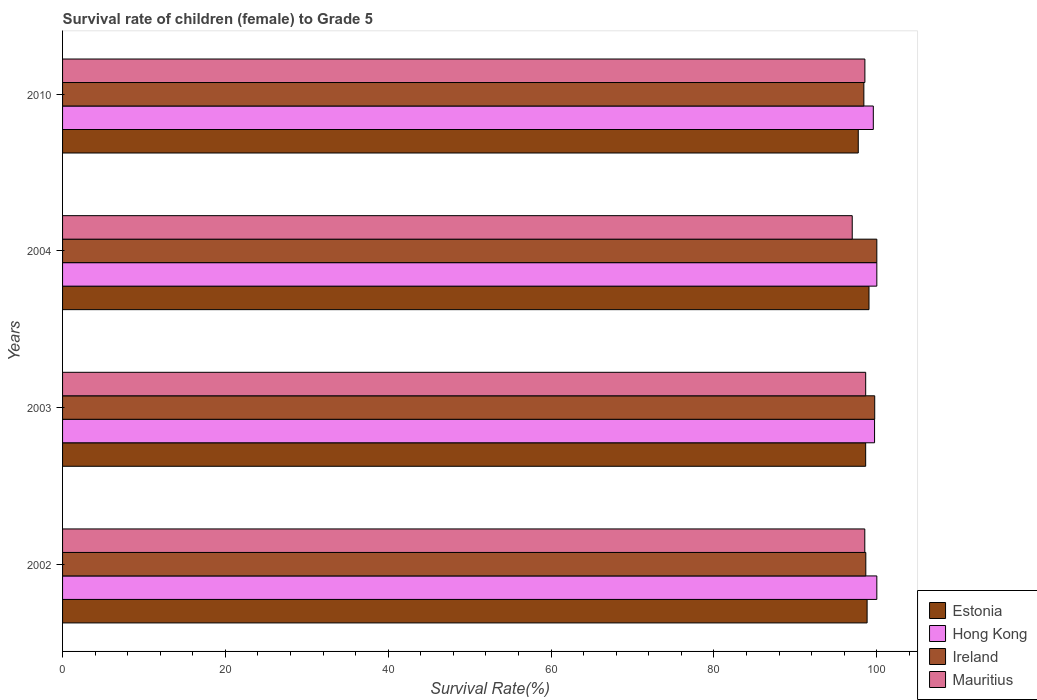
| Years | Estonia | Hong Kong | Ireland | Mauritius |
 | --- | --- | --- | --- | --- |
 | 2002 | 98.8 | 100 | 98.6 | 98.5 |
 | 2003 | 98.6 | 99.7 | 99.7 | 98.6 |
 | 2004 | 99 | 100 | 100 | 97 |
 | 2010 | 97.7 | 99.6 | 98.4 | 98.5 |